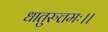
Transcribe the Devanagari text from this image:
धातुरुत्तमः।।